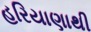
હરિયાણાથી